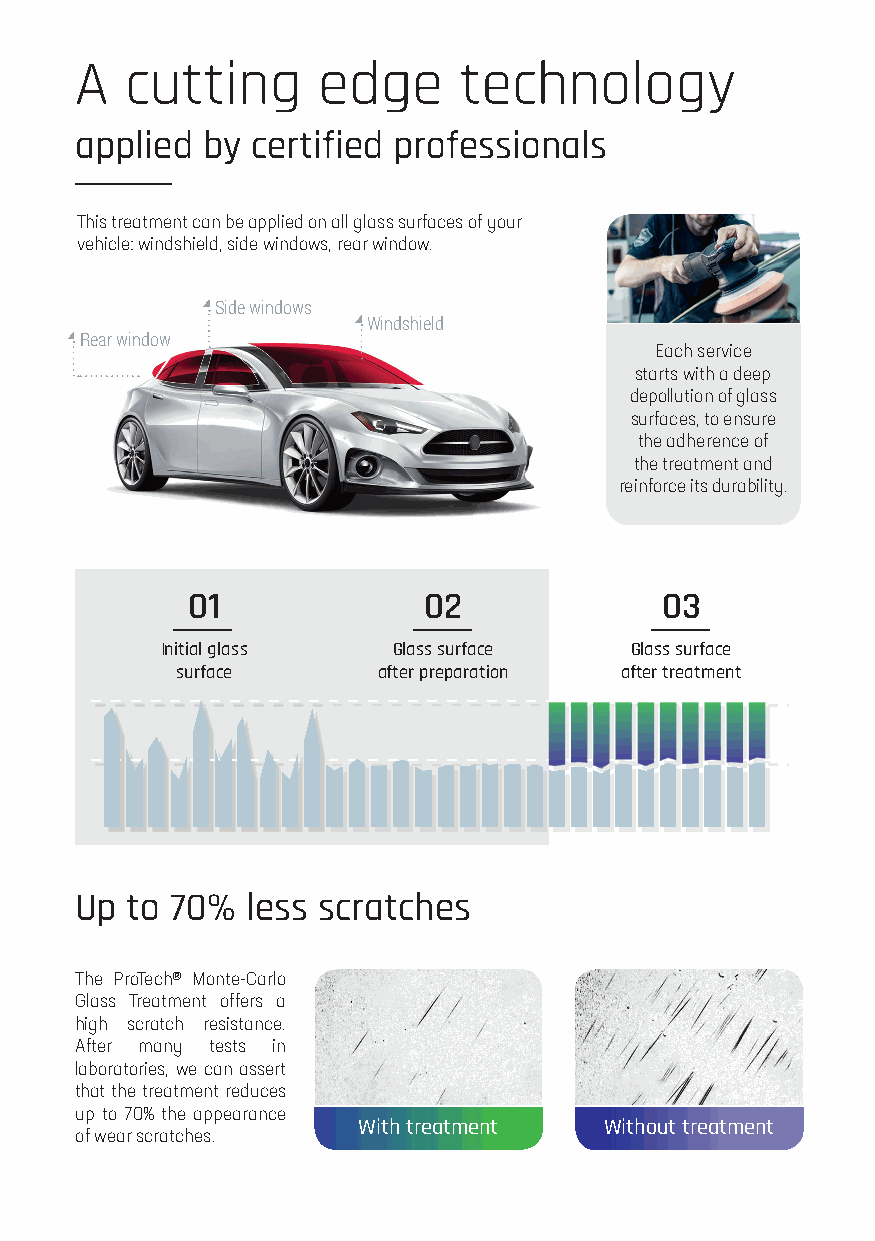
A  cutting      edge     technology
 applied by  certified professionals
 This treatment can be applied on all glass surfaces of your
 Comfort
 vehicle: windshield, side windows, rear window.
 Drive Safe
 Professional Application Side windows
 Windshield
 Rear window
 Each service
 starts with a deep
 depollution of glass
 surfaces, to ensure
 the adherence of
 the treatment and
 reinforce its durability.
 01              02              03
 Initial glass  Glass surface   Glass surface
 surface      after preparation after treatment
 Up to 70%  less scratches
 The ProTech® Monte-Carlo
 Glass Treatment offers a
 high scratch resistance.
 After many tests in
 laboratories, we can assert
 that the treatment reduces
 up to 70% the appearance
 With treatment  Without treatment
 of wear scratches.